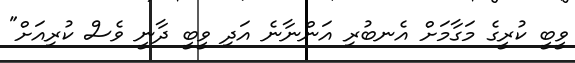
ވީބީ ކުރީގެ މަގާމަށް އެނބުރި އަންނާނެ އަދި ވީބީ ދާނީ ވެސް ކުރިއަށް"